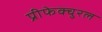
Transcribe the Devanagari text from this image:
प्रीफेक्चुरल